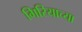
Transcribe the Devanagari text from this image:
गिरियाच्या